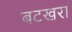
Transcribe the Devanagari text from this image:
बटखरा